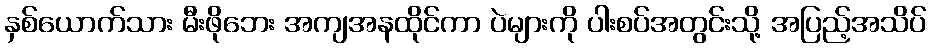
နှစ်ယောက်သား မီးဖိုဘေး အကျအနထိုင်ကာ ပဲများကို ပါးစပ်အတွင်းသို့ အပြည့်အသိပ်